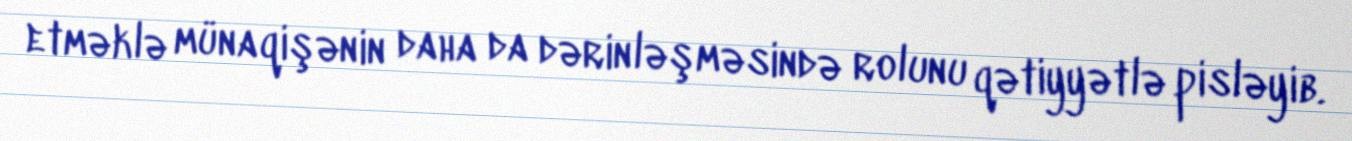
etməklə münaqişənin daha da dərinləşməsində rolunu qətiyyətlə pisləyib.